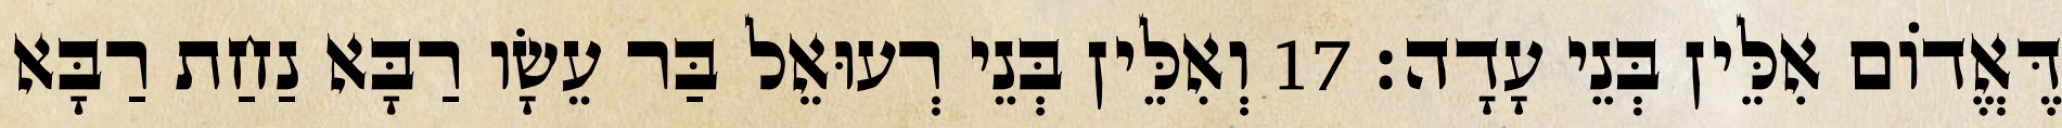
דֶּאֱדוֹם אִלֵּין בְּנֵי עָדָה׃ 17 וְאִלֵּין בְּנֵי רְעוּאֵל בַּר עֵשָׂו רַבָּא נַחַת רַבָּא